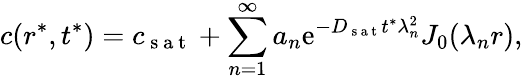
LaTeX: c(r^{*},t^{*})=c_{\mathrm{~s~a~t~}}+\sum_{n=1}^{\infty}a_{n}\mathrm{e}^{-D_{\mathrm{~s~a~t~}}t^{*}\lambda_{n}^{2}}J_{0}(\lambda_{n}r),